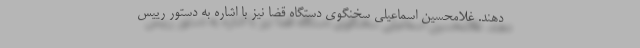
دهند. غلامحسین اسماعیلی سخنگوی دستگاه قضا نیز با اشاره به دستور رییس